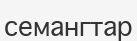
семангтар